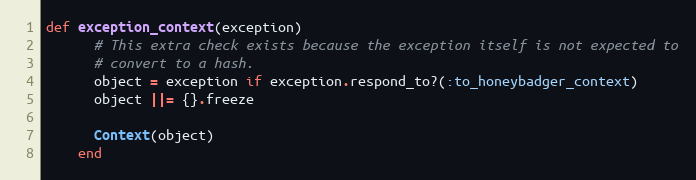
Language: Ruby
def exception_context(exception)
      # This extra check exists because the exception itself is not expected to
      # convert to a hash.
      object = exception if exception.respond_to?(:to_honeybadger_context)
      object ||= {}.freeze

      Context(object)
    end